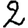
Digit: 2